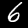
Label: 6